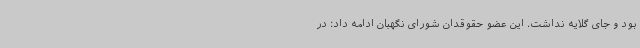
بود و جای گلایه نداشت. این عضو حقوقدان شورای نگهبان ادامه داد: در